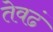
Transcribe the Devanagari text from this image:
तेवढं